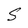
Character: S